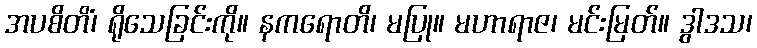
အပစိတိံ၊ ရိုသေခြင်းကို။ နကရောတိ၊ မပြု။ မဟာရာဇ၊ မင်းမြတ်။ ဒွါဒသ၊